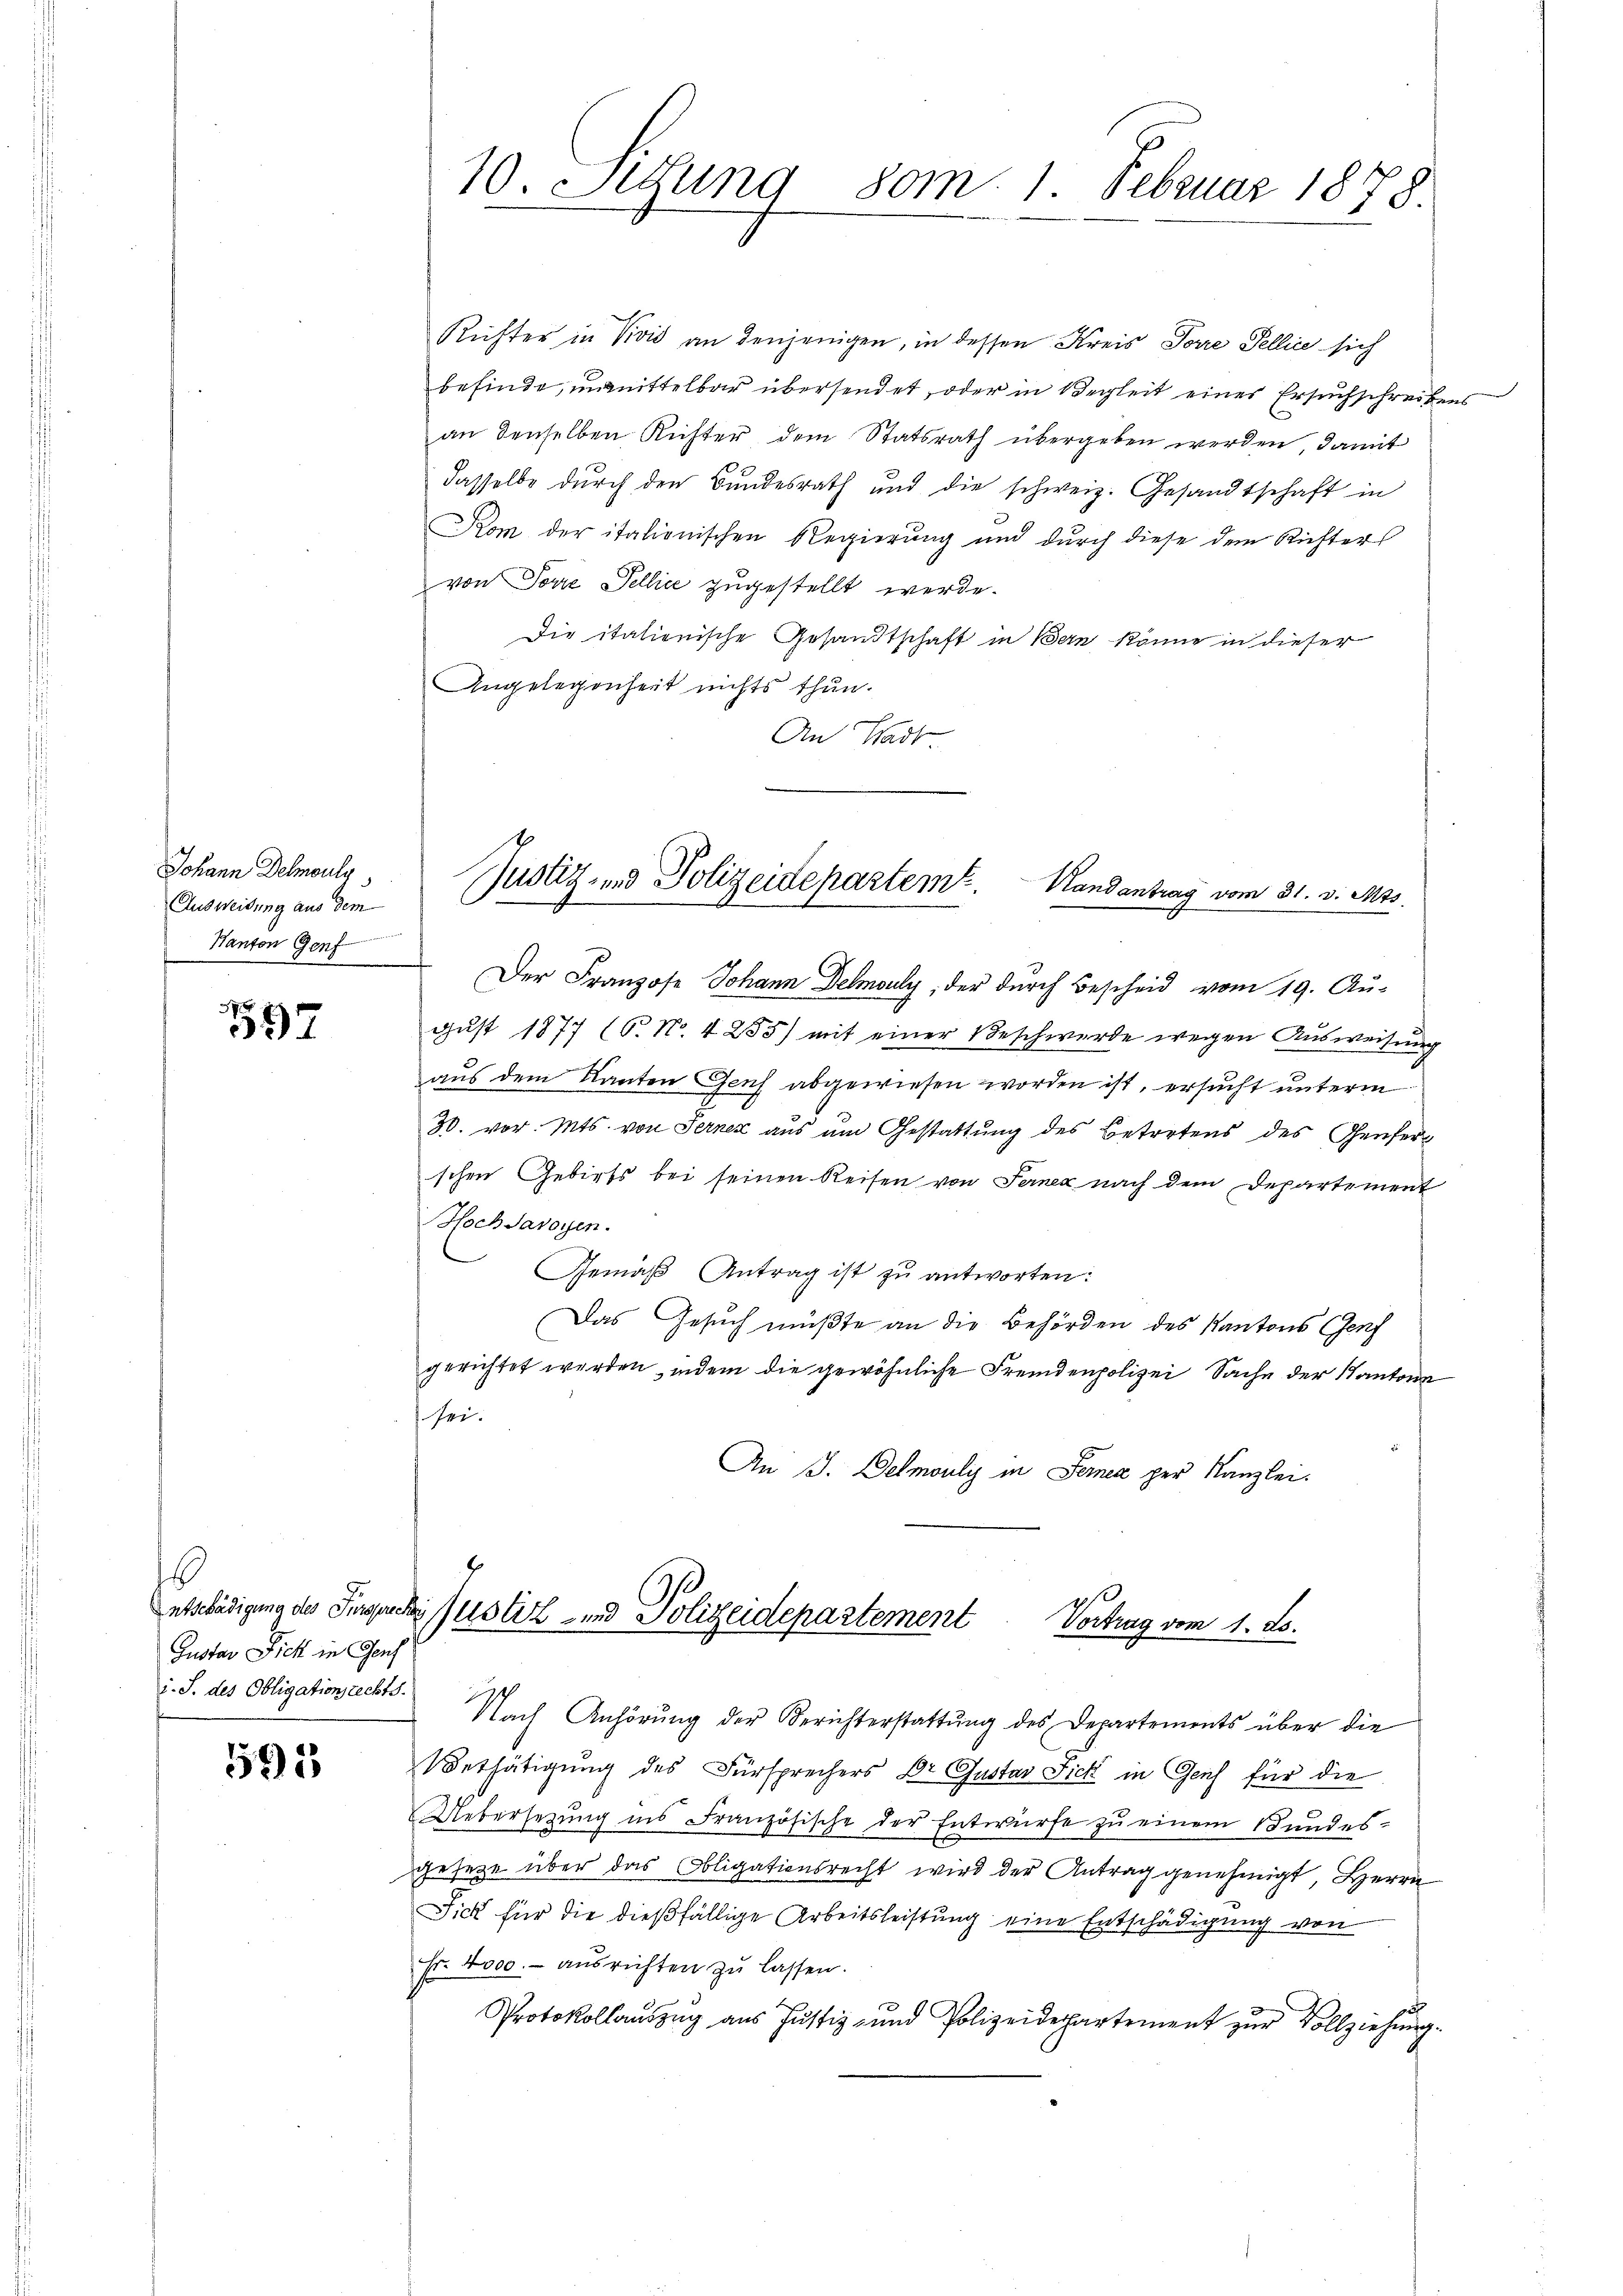
Johann Delmaulg
Ausweisung aus dem
Hanton Genf

597

6
Gustav Dich in Genf
i. S. des Obligationsrechts.

1595

Der Franzose Johann Delmouly, der durch Bescheid vom 19. Au-
gŭst 1877 (6. No. 4 255) mit einer Beschwerde wegen Aŭsweisŭng
aus dem Kanton Genf abgewiesen worden ist, ersucht unterm
30. vor. Mts. von Serner aus um Gestattung des Betretens des Genfer
schen Gebiets bei seinen Reisen von Ferner nach dem Departement
Hochsarogen.
Gemäß Antrag ist zu antworten:
Das Gesuch müßte an die Behörden des Kantons Genf
gerichtet werden, indem die gewöhnliche Fremdenpolizei Sache der Kantona
sei.
An J. Delmoulis in Ferner per Kanzlei.

Richter in Vivić an denjenigen, in dessen Kreis Torre Fellice sich
befinde, unmittelbar übersendet, oder in Wegleit eines Ersuchschreibens
an denselben Richter dem Statsrath übergeben werden, damit
dasselbe durch den Bundesrath und die schweiz. Gesandtschaft in
Kom der italionischen Regierung und durch diese dem Richter
von Torre Tellice zugestellt werde.
Die italienische Gesandtschaft in Bern könne in dieser
Angelegenheit nichts thun.
An Stadt

Nach Anhörung der Berichterstattung des Departements über die
Uethätigung des Fürsprechers Dr Gustav Fick in Genf für die
Uebersezung ins Französische der Entwurfe zu einem Bundesgesetze über das Obligationsrecht wird der Antrag genehmigt, Herrn
Fick für die dießfällige Arbeitsleistung eine Entschädigung von
fr. 4000.- ausrichten zu lassen.
Protokollauszug aus Justiz- und Polizeidepartement zur Vollziehung.

10. Setzung 80m. 1 Februar 1878.

Justiz- und Polizeidepartem . Handantrag vom 31. v. Mts.

.
ntschädigung des Singesche Justiz- und Polizeidepartement Vortrag vom 1. ds.